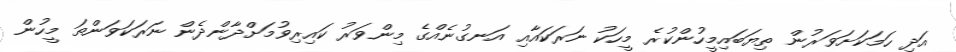
އަދި ހަމަކަށަވަރުން ތިޔަބައިމީހުންކުރެ މީހަކު ނަރަކައާއި އަނގުނެއްގެ މިންވަރު ކައިރިވުމަށްދާންދެން ނަރަކަވަންތަ މީހުން